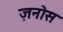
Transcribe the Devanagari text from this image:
ज़नोस